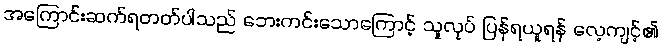
အကြောင်းဆက်ရတတ်ပါသည် ဘေးကင်းသောကြောင့် သူလုပ် ပြန်ရယူရန် လေ့ကျင့်၏